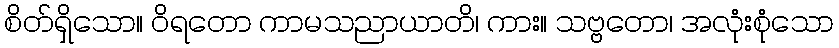
စိတ်ရှိသော။ ဝိရတော ကာမသညာယာတိ၊ ကား။ သဗ္ဗတော၊ အလုံးစုံသော